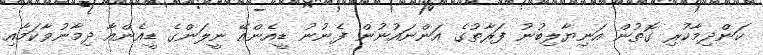
ކަންދިމާކުރި ގޮތުން އަނިޔާލިބުނު ފަރާތުގެ އަންނައުނުން ފެނުނު ޑީއެންއޭ ނީލަންގެ ޑީއެންއާ ދިމާނުވާކަމާއި